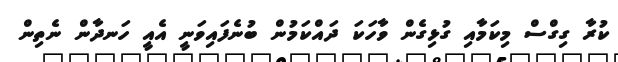
ކުރާ ގިގްސް މިކަމާއި ގުޅިގެން ވާހަކަ ދައްކަމުން ބުނެފައިވަނީ އެއީ ހަނދާން ނެތިން